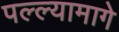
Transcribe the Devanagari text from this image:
पल्ल्यामागे